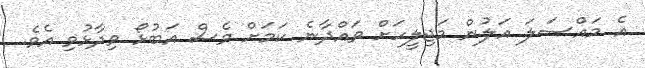
އެ މައްސަލަ އަލުން މަޖިލީހަށް ވައްދާނެ ކަމަށް ވެސް އަބުޅޯ ވިދާޅުވި އެވެ.